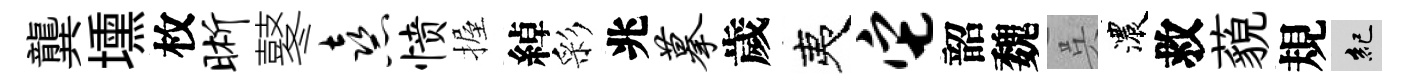
龔壎枚晰鼕熹愤握綽彩兆摹歲夷它韶魏呉濃救藐規紀